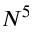
N ^ { 5 }